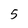
Character: 5